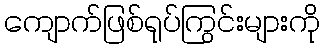
ကျောက်ဖြစ်ရုပ်ကြွင်းများကို